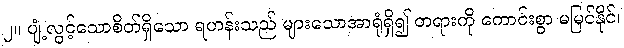
၂။ ပျံ့လွင့်သောစိတ်ရှိသော ရဟန်းသည် များသောအာရုံရှိ၍ တရားကို ကောင်းစွာ မမြင်နိုင်၊